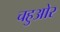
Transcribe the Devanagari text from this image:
चहुओर